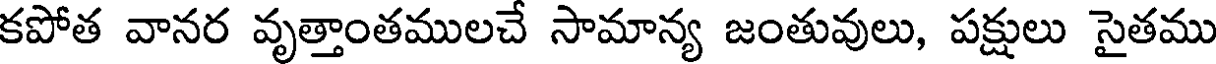
కపోత వానర వృత్తాంతములచే సామాన్య జంతువులు, పక్షులు సైతము